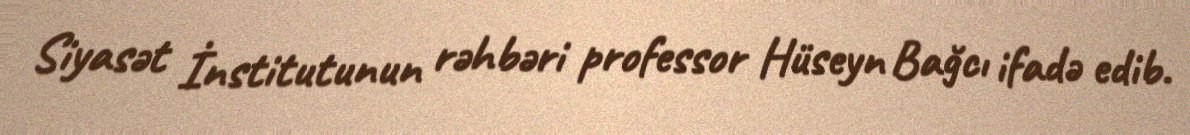
Siyasət İnstitutunun rəhbəri professor Hüseyn Bağcı ifadə edib.